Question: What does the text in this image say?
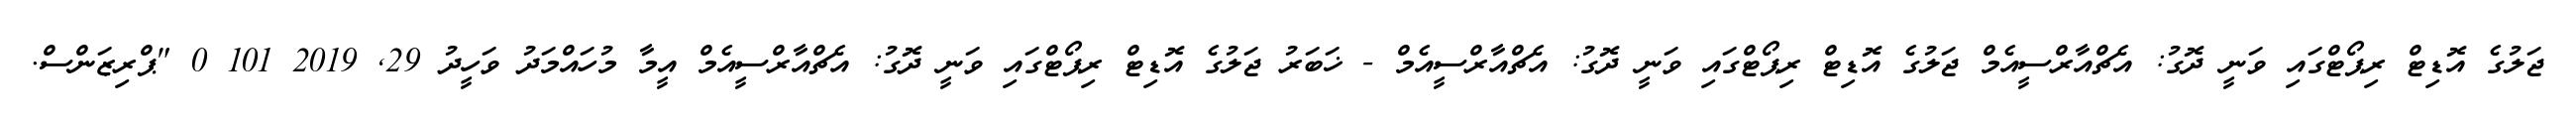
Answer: ޖަލުގެ އޮޑިޓް ރިޕޯޓްގައި ވަނީ ދޮގު: އެޗްއާރްސީއެމް ޖަލުގެ އޮޑިޓް ރިޕޯޓްގައި ވަނީ ދޮގު: އެޗްއާރްސީއެމް - ޚަބަރު ޖަލުގެ އޮޑިޓް ރިޕޯޓްގައި ވަނީ ދޮގު: އެޗްއާރްސީއެމް އީމާ މުހައްމަދު ވަހީދު 29, 2019 101 0 "ޕްރިޒަންސް.